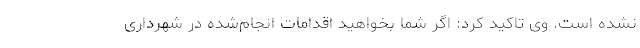
نشده است. وی تاکید کرد: اگر شما بخواهید اقدامات انجام‌شده در شهرداری